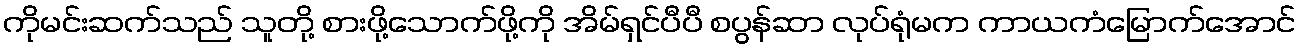
ကိုမင်းဆက်သည် သူတို့ စားဖို့သောက်ဖို့ကို အိမ်ရှင်ပီပီ စပွန်ဆာ လုပ်ရုံမက ကာယကံမြောက်အောင်